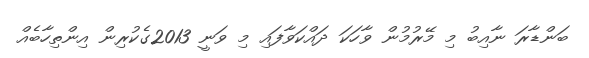
ބަންޑާރަ ނާއިބު މި މޭރުމުން ވާހަކަ ދައްކަވާފައި މި ވަނީ 2013ގެކުރިން އިންތިހާބެއް